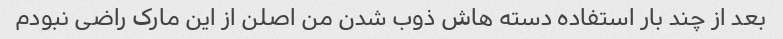
بعد از چند بار استفاده دسته هاش ذوب شدن من اصلن از این مارک راضی نبودم